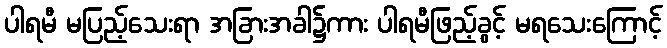
ပါရမီ မပြည့်သေးရာ အခြားအခါ၌ကား ပါရမီဖြည့်ခွင့် မရသေးကြောင့်